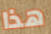
هذا